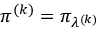
\pi ^ { ( k ) } = \pi _ { \lambda ^ { ( k ) } }